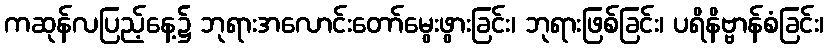
ကဆုန်လပြည့်နေ့၌ ဘုရားအလောင်းတော်မွေးဖွားခြင်း၊ ဘုရားဖြစ်ခြင်း၊ ပရိနိဗ္ဗာန်စံခြင်း၊